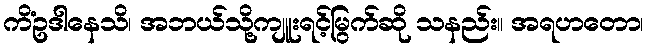
ကိံဥဒါနေသိ၊ အဘယ်သို့ကျူးရင့်မြွက်ဆို သနည်း။ အရဟတော၊